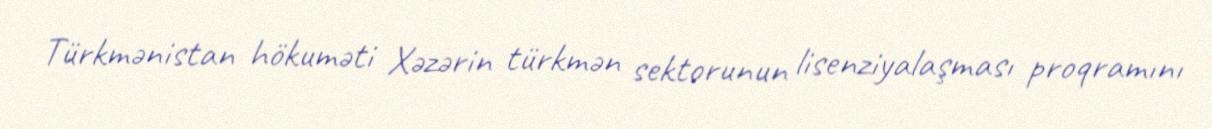
Türkmənistan hökuməti Xəzərin türkmən sektorunun lisenziyalaşması proqramını